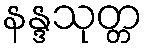
နန္ဒသုတ္တ